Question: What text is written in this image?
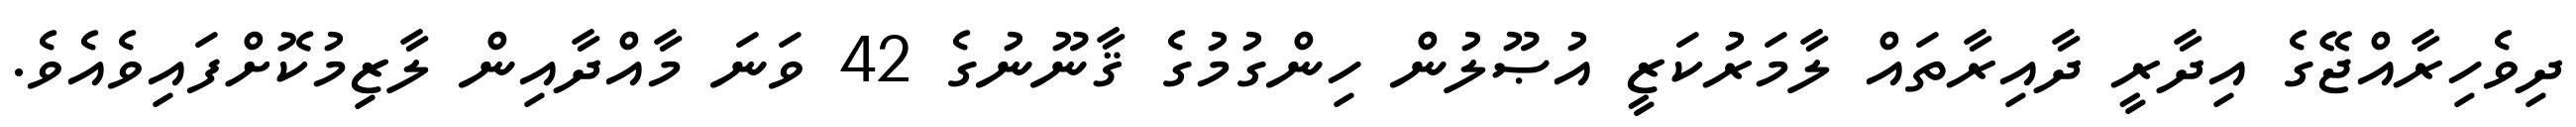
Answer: ދިވެހިރާއްޖޭގެ އިދާރީ ދާއިރާތައް ލާމަރުކަޒީ އުޞޫލުން ހިންގުމުގެ ޤާނޫނުގެ 42 ވަނަ މާއްދާއިން ލާޒިމުކޮށްފައިވެއެވެ.